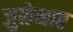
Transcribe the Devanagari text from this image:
जुळेनात